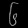
Digit: ၆